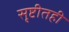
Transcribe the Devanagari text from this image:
सृष्टीतही